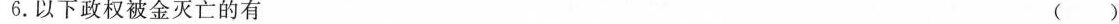
6.以下政权被金灭亡的有 ( )